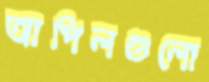
আপিলগুলো